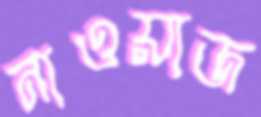
নাওয়াজ